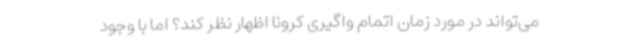
می‌تواند در مورد زمان اتمام واگیری کرونا اظهار نظر کند؟ اما با وجود